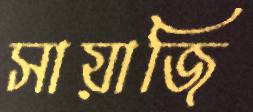
সায়াজি